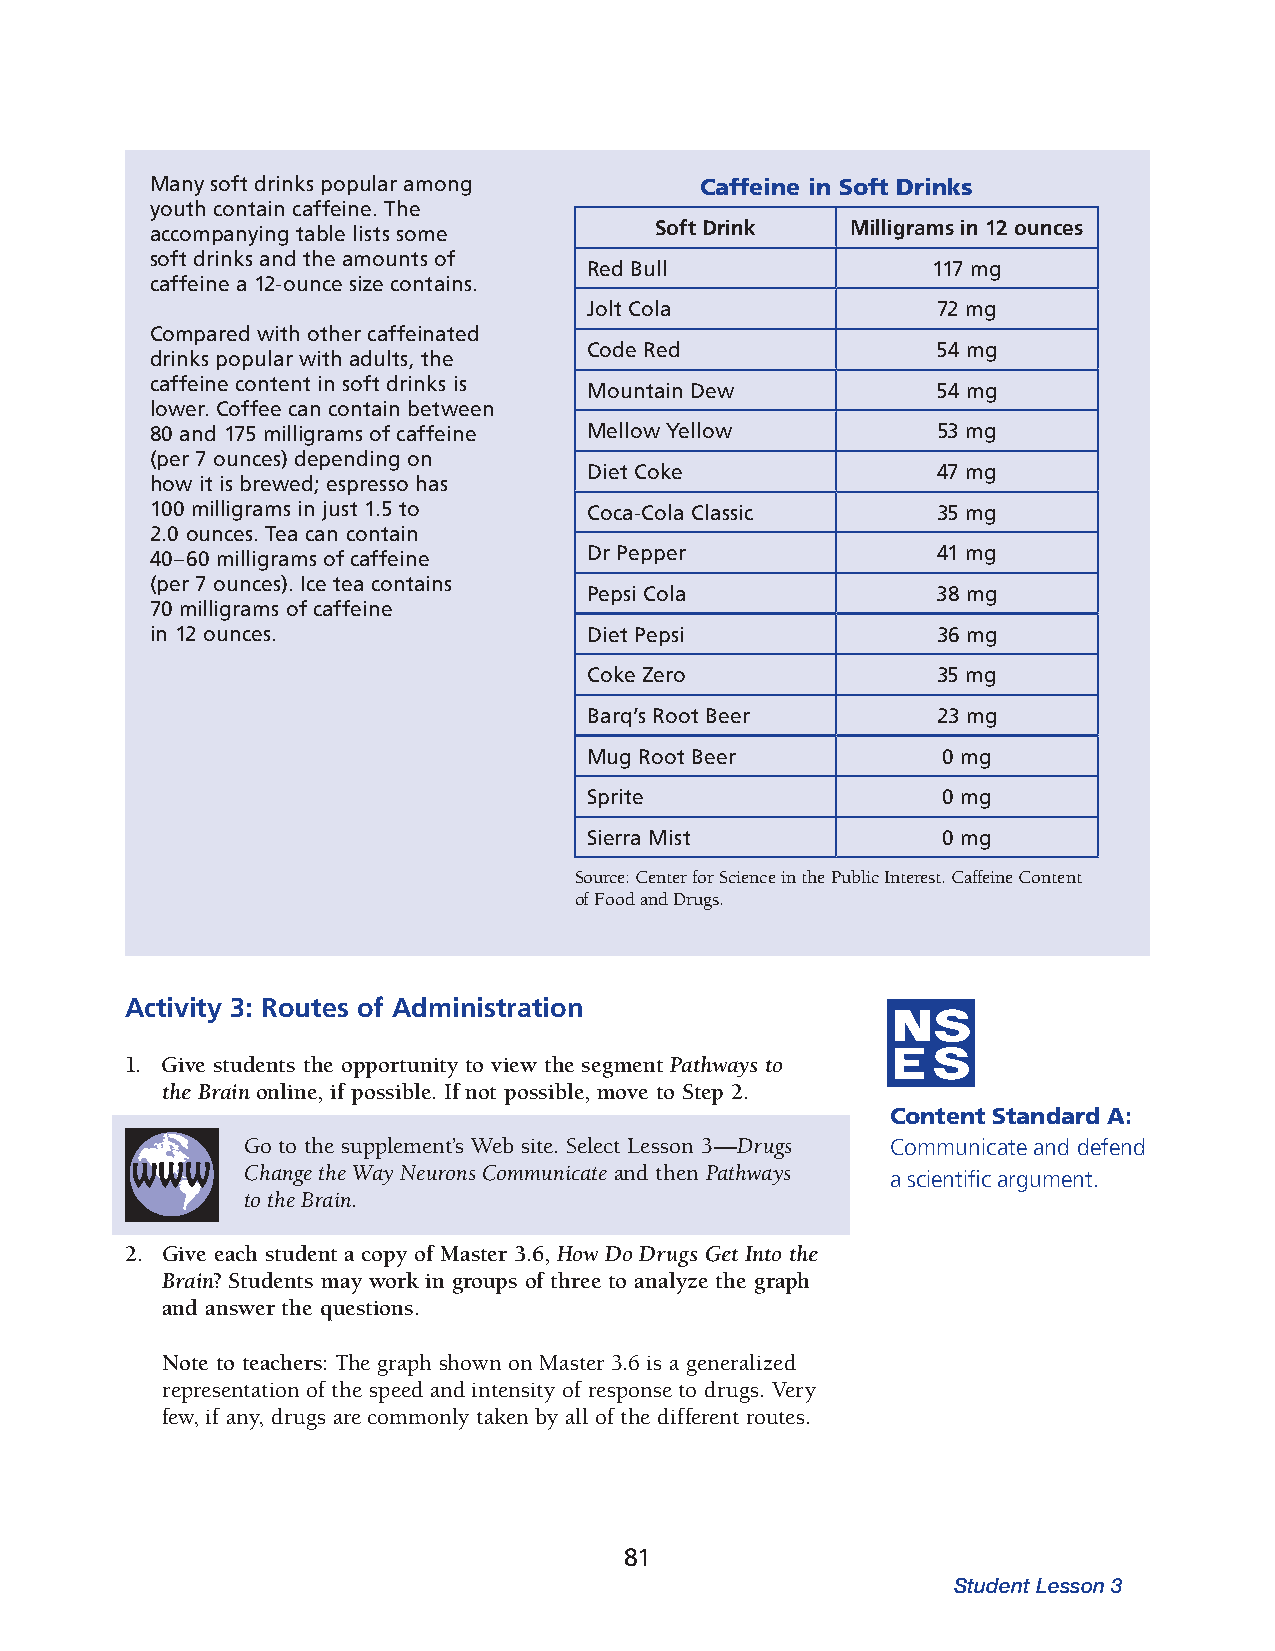
Many soft drinks popular among      Caffeine in Soft Drinks
 youth contain caffeine. The
 accompanying table lists some    Soft Drink   Milligrams in 12 ounces
 soft drinks and the amounts of
 Red Bull               117 mg
 caffeine a 12-ounce size contains.
 Jolt Cola              72 mg
 Compared with other caffeinated
 Code Red               54 mg
 drinks popul ar with adults, the
 caffeine content in soft drinks is
 Mountain Dew           54 mg
 lower. Coffee can contain between
 80 and 175 milligrams of caffeine Mellow Yellow     53 mg
 (per 7 ounces) depending on
 Diet Coke              47 mg
 how it is brewed; espresso has
 100 milligrams in just 1.5 to Coca-Cola Classic     35 mg
 2.0 ounces. Tea can contain
 40–60 milligrams of caffeine Dr Pepper              41 mg
 (per 7 ounces). Ice tea contains
 Pepsi Cola             38 mg
 70 milligrams of caffeine
 in 12 ounces.                Diet Pepsi             36 mg
 Coke Zero              35 mg
 Barq’s Root Beer       23 mg
 Mug Root Beer          0 mg
 Sprite                 0 mg
 Sierra Mist            0 mg
 Source: Center for Science in the Public Interest. Caffeine Content
 of Food and Drugs.
 Activity 3: routes of Administration
 1. Give students the opportunity to view the segment Pathways to
 the Brain online, if possible. If not possible, move to Step 2.
 Content Standard A:
 Go to the supplement’s Web site. Select Lesson 3—Drugs Communicate and defend
 Change the Way Neurons Communicate and then Pathways
 a scientific argument.
 to the Brain.
 2. Give each student a copy of Master 3.6, How Do Drugs Get Into the
 Brain? Students may work in groups of three to analyze the graph
 and answer the questions.
 Note to teachers: The graph shown on Master 3.6 is a generalized
 repres entation of the speed and intensity of response to drugs. Very
 few, if any, drugs are commonly taken by all of the different routes.
 81
 Student Lesson 3